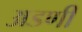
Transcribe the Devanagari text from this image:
अडणी